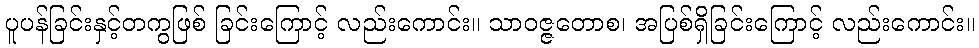
ပူပန်ခြင်းနှင့်တကွဖြစ် ခြင်းကြောင့် လည်းကောင်း။ သာဝဇ္ဇတောစ၊ အပြစ်ရှိခြင်းကြောင့် လည်းကောင်း။